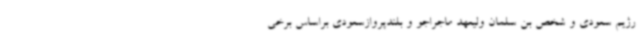
رژیم سعودی و شخص بن سلمان ولیعهد ماجراجو و بلندپروازسعودی براساس برخی